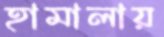
হামালায়